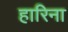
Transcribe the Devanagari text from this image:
हारिना